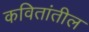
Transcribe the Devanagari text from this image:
कवितांतील